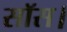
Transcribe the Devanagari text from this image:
सॉस।